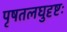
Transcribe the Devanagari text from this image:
पृषतलघुदृष्टः